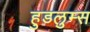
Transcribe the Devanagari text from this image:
हुडलुम्स